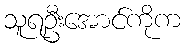
သူရဦးအောင်ကိုက